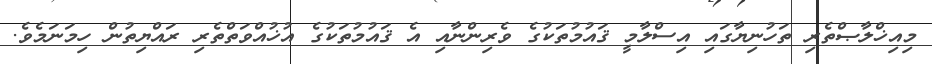
މިއިޚްލާޞްތެރި ތަހުނިޔާގައި އިސްލާމީ ޤައުމުތަކުގެ ވެރިންނާއި އެ ޤައުމުތަކުގެ އުޚުއްވަތްތެރި ރައްޔިތުން ހިމަނަމެވެ.